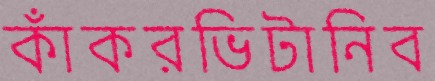
কাঁকরভিটানিব